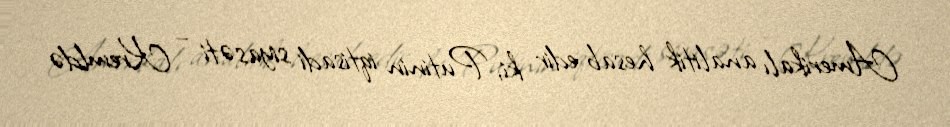
Amerikalı analitik hesab edir ki, Putinin iqtisadi siyasəti – Kremldə